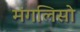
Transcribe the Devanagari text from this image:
मंगलिसो